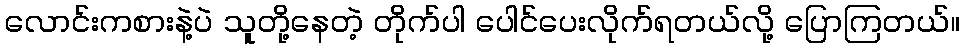
လောင်းကစားနဲ့ပဲ သူတို့နေတဲ့ တိုက်ပါ ပေါင်ပေးလိုက်ရတယ်လို့ ပြောကြတယ်။